Vaccination United Provinces of Agra and Oudh 1902-1913 - 1902-1913
Year: 1902
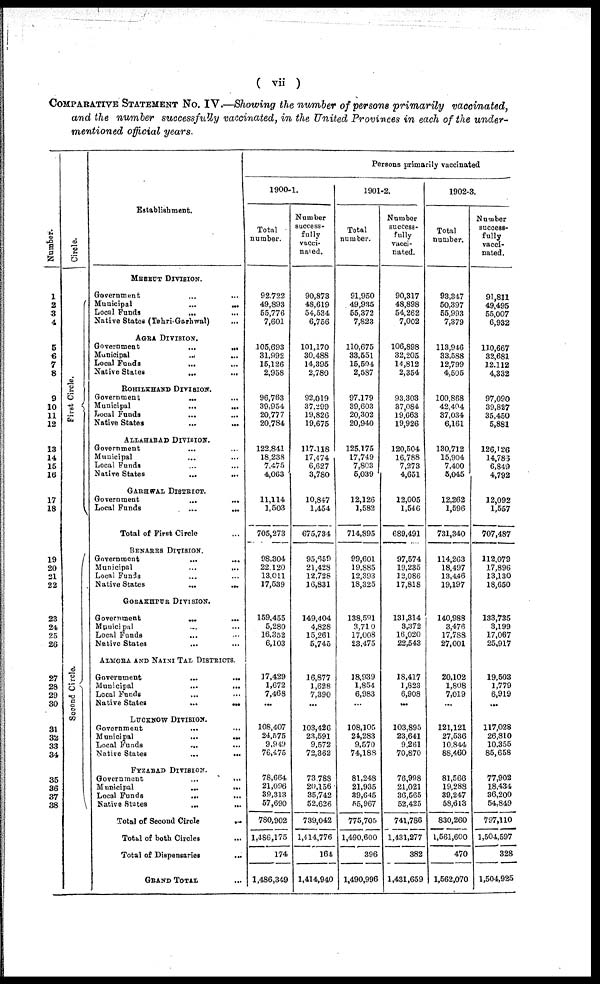
( vii )
COMPARATIVE STATEMENT No. IV.—Showing the number of persons primarily
vaccinated,
and the number successfully vaccinated, in the United Provinces in each of the under-
mentioned official years.
Number.
1
2
3
4
5
6
7
8
9
10
11
12
13
14
15
16
17
18
19
20
21
22
23
24
25
26
27
28
29
30
31
32
33
34
35
36
37
38
Circle.
First Circle.
Second Circle.
Establishment.
MEERUT DIVISION.
Government ... ...
Municipal ... ...
Local Funds
...
...
Native States (Tehri-Garhwal) ...
AGRA DIVISION.
Government
...
...
Municipal
...
...
Local Funds ... ...
Native States
...
...
ROHILKHAND DIVISION.
Government
...
...
Municipal
...
...
Local Funds ... ...
Native States
...
...
ALLAHABAD DIVISION.
Government ... ...
Municipal ... ...
Local Funds ...
Native States ...
GARHWAL DISTRICT.
Government
...
...
Local Funds
...
...
Total of First Circle ...
BENARES DIVISION.
Government
...
...
Municipal
...
...
Local Funds ... ...
Native States
...
...
GORAKHPUR DIVISION.
Government
...
...
Municipal ... ...
Local Funds
...
...
Native States ... ...
ALMORA AND NAINI TAL DISTRICTS.
Government
...
...
Municipal
...
...
Local Funds ... ...
Native States ...
LUCKNOW DIVISION.
Government
...
...
Municipal
...
...
Local Funds
...
...
Native States
...
...
FYZABAD DIVISION.
Government
...
...
Municipal
...
...
Local Funds
...
...
Native States
...
...
Total of Second Circle ...
Total of both Circles ...
Total of Dispensaries
...
GRAND TOTAL ...
Persons primarily vaccinated
1900-1.
Total
number.
92,722
49,893
55,776
7,601
105,693
31,992
15,126
2,958
96,763
39,954
20,777
20,784
122,841
18,238
7,475
4,063
11,114
1,503
705,273
98,304
22,120
13,011
17,539
159,455
5,280
16,352
6,103
17,429
1,672
7,468
...
108,407
24,575
9,949
76,475
78,664
21,096
39,313
57,690
780,902
1,486,175
174
1,486,349
Number
success-
fully
vacci-
nated.
90,873
48,619
54,534
6,756
101,170
30,488
14,395
2,780
92,019
37,299
19,826
19,675
117,118
17,474
6,627
3,780
10,847
1,454
675,734
95,659
21,428
12,728
16,831
149,404
4,828
15,261
5,745
16,877
1,628
7,390
...
103,426
23,591
9,572
72,362
73,788
20,156
35,742
52,626
739,042
1,414,776
164
1,414,940
1901-2.
Total
number.
91,950
49,935
55,372
7,823
110,675
33,551
15,504
2,587
97,179
39,603
20,302
20,940
125,175
17,749
7,803
5,039
12,126
1,582
714,895
99,601
19,885
12,393
18,325
138,591
3,710
17,008
23,475
18,939
1,854
6,983
...
108,105
24,283
9,570
74,188
81,248
21,935
39,645
55,967
775,705
1,490,600
396
1,490,996
Number
success-
fully
vacci-
nated.
90,317
48,898
54,262
7,002
106,898
32,205
14,812
2,354
93,303
37,084
19,663
19,926
120,504
16,788
7,273
4,651
12,005
1,546
689,491
97,574
19,235
12,086
17,818
131,314
3,372
16,020
22,543
18,417
1,823
6,908
...
103,895
23,641
9,261
70,870
76,998
21,021
36,565
52,425
741,786
1,431,277
382
1,431,659
1902-3.
Total
number.
93,347
50,397
55,993
7,379
113,946
33,588
12,799
4,505
100,868
42,404
37,034
6,161
130,712
15,904
7,400
5,045
12,262
1,596
731,340
114,263
18,497
13,446
19,197
140,988
3,476
17,788
27,001
20,102
1,808
7,019
...
121,121
27,536
10,844
88,460
81,566
19,288
39,247
58,613
830,260
1,561,600
470
1,562,070
Number
success-
fully
vacci-
nated.
91,811
49,495
55,007
6,932
110,667
32,681
12,112
4,332
97,090
39,827
35,450
5,881
126,126
14,783
6,849
4,792
12,092
1,557
707,487
112,079
17,896
13,130
18,650
133,735
3,199
17,067
25,917
19,503
1,779
6,919
...
117,028
26,810
10,355
85,658
77,902
18,434
36,200
54,849
797,110
1,504,597
328
1,504,925